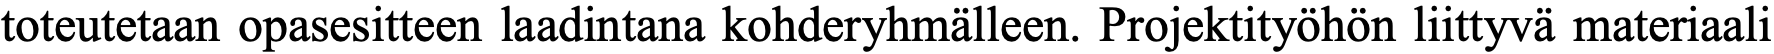
toteutetaan opasesitteen laadintana kohderyhmälleen. Projektityöhön liittyvä materiaali